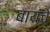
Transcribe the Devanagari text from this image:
बायंचे